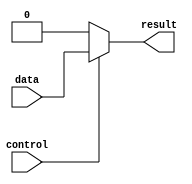
module active_high_buffer (
    input data,
    input control,
    output reg result
);

always @ (data, control) begin
    if (control == 1'b1) begin
        result <= data;
    end else begin
        result <= 1'b0;
    end
end

endmodule